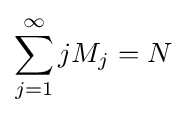
\sum _{j=1}^{\infty }jM_{j}=N